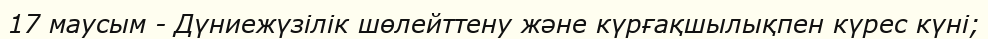
17 маусым - Дүниежүзілік шөлейттену және күрғақшылықпен күрес күні;